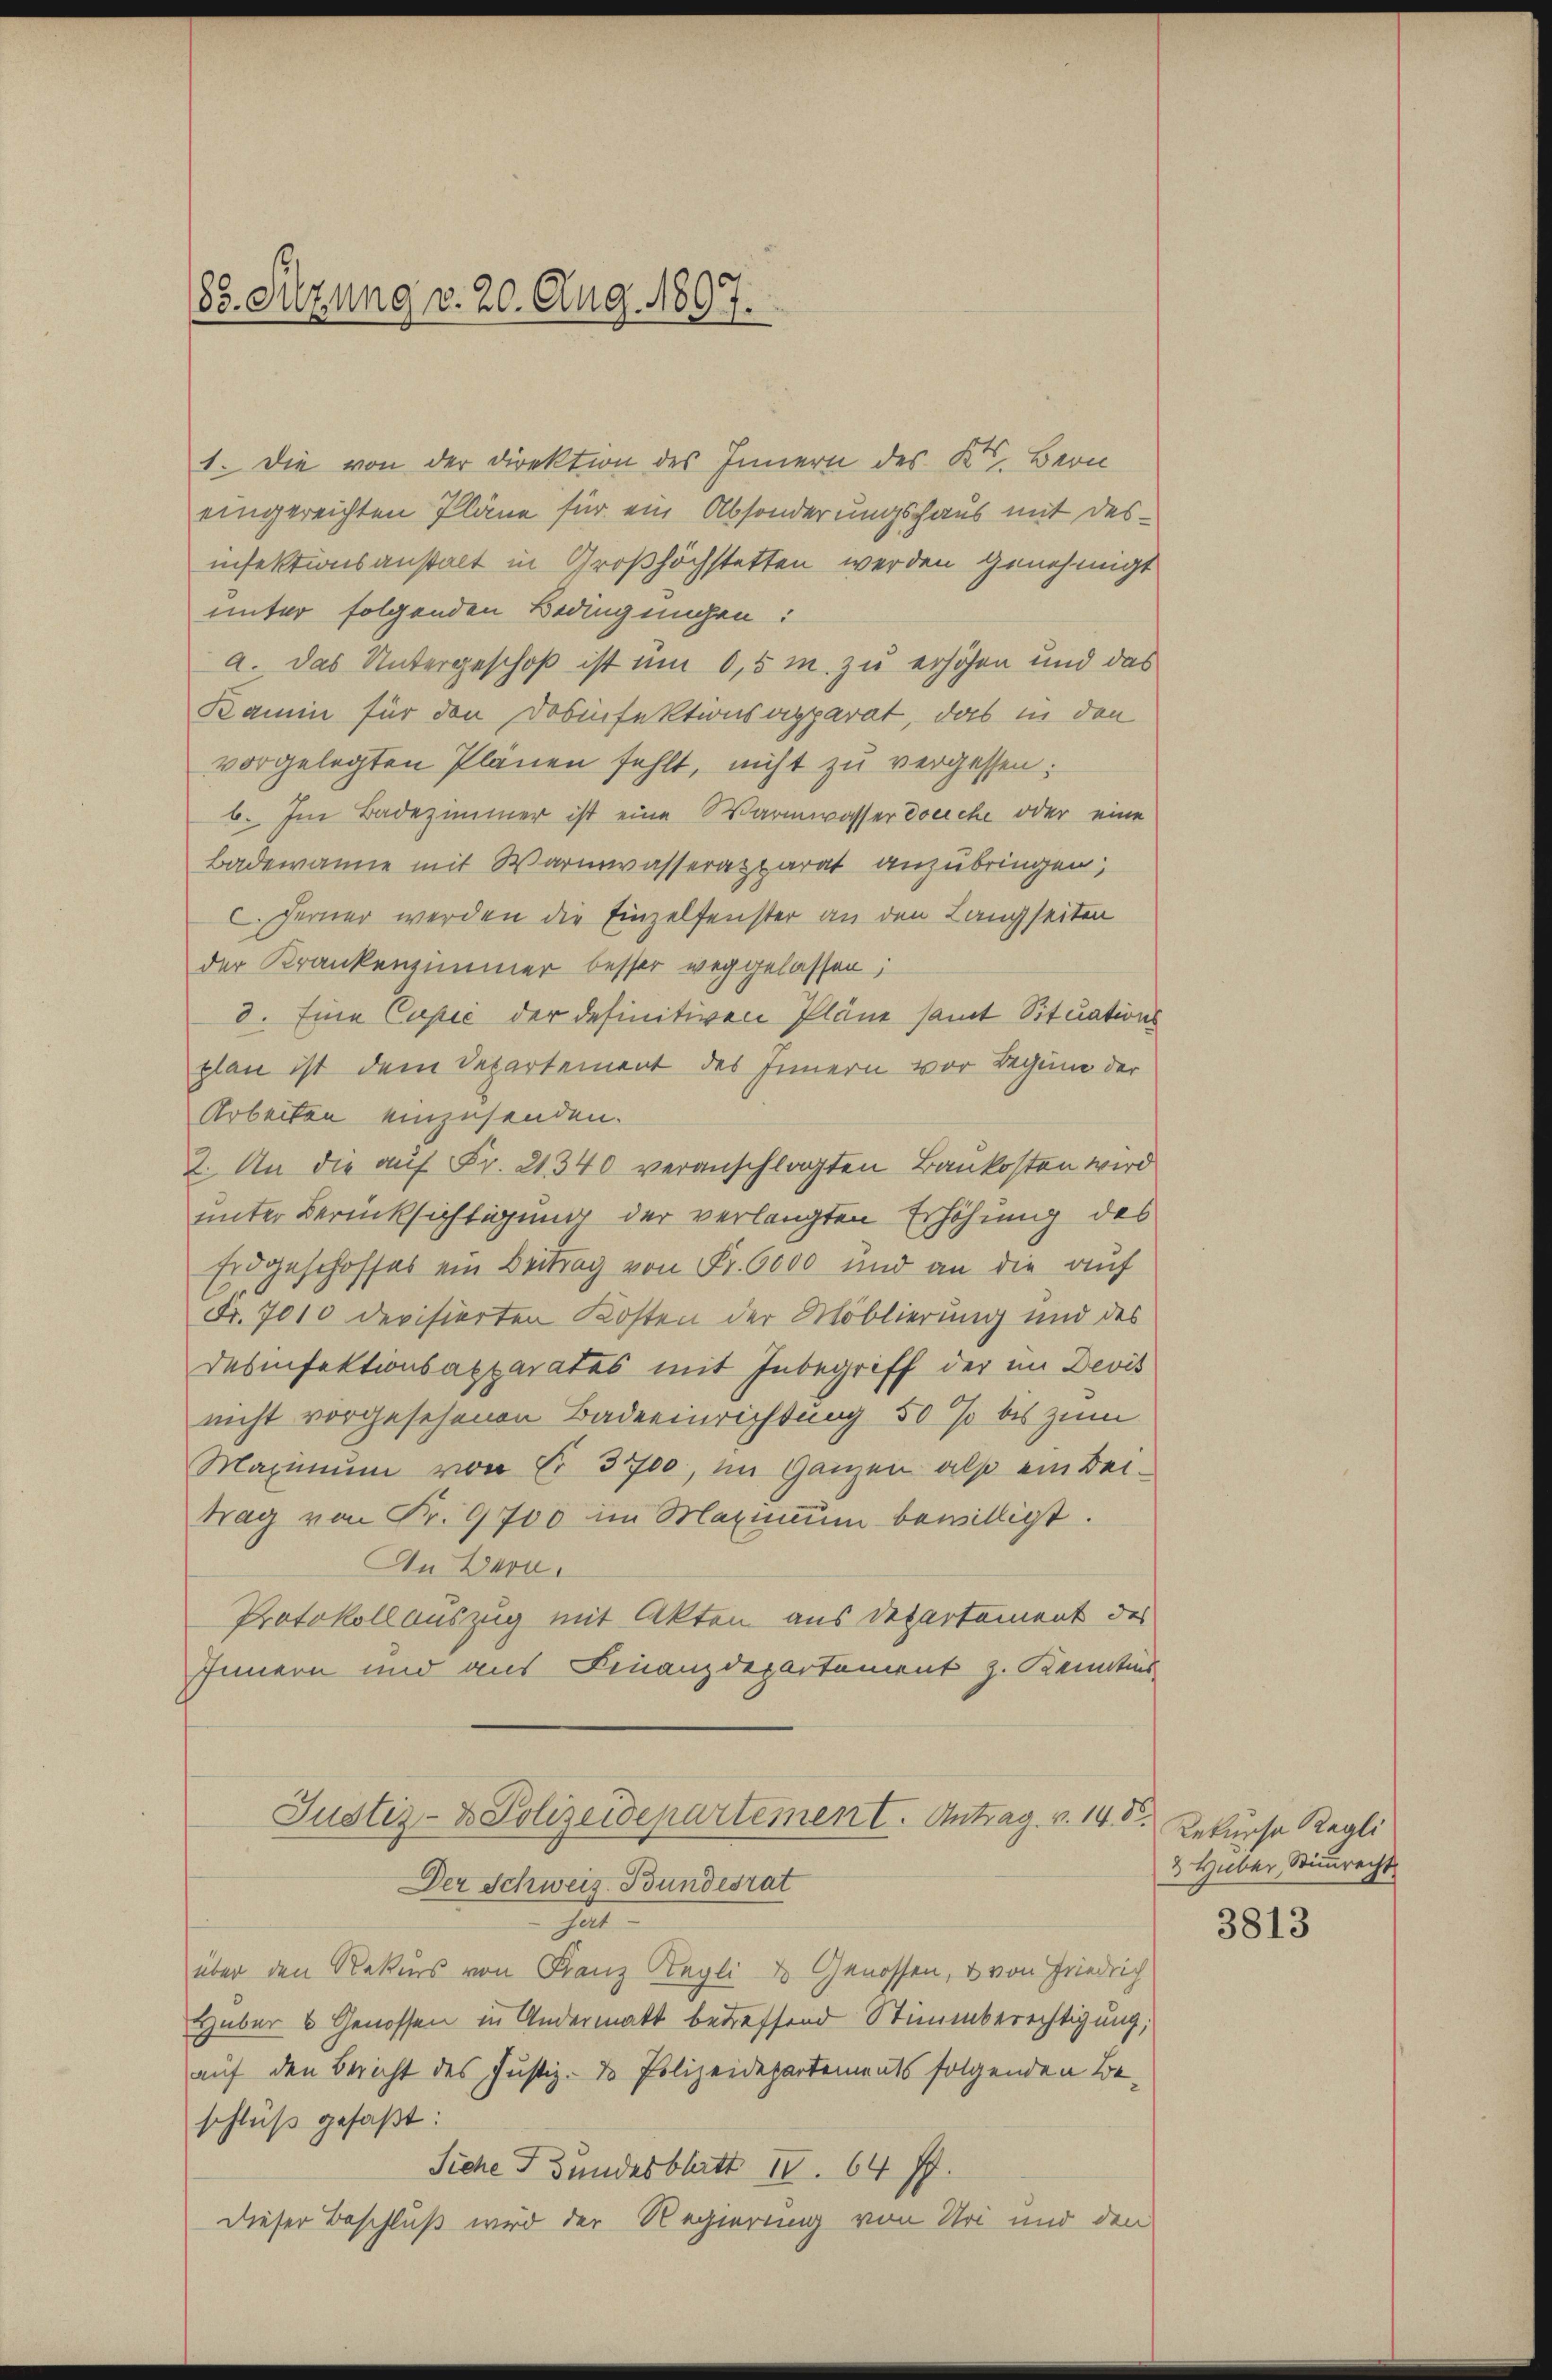
85. Setzung v. 20. Aug. 1807.

1. Die von der Direktion des Innern des K. Bern
eingereichten Pläne für ein Absonderungshaus mit desinfektionsanstalt in Großhöchstetten werden Genehmigt
unter folgenden Bedingungen:
a. Das Untergeschoß ist um 0,5 m. zu erhöhen und das
Kamin für den Dosinfektionsapparat, das in den
vorgelegten Plänen fehlt, nicht zu vergessen:
b. Im Badezimmer ist eine Warmwasser dreiche oder eine
Bademanne mit Warmwasserapparat anzubringen;
Ferner werden die Einzelfenster an den Langseiten
der Krankenzimmer besser weggelassen;
d. Eine Capić der definitiven Pläne samt Situations
plan ist dem Departement des Innern vor Regung der
Arbeiten einzusenden.
2. An die auf Fr. 21. 340 veranschlagten Baukosten wird
unter Berücksichtigung der verlangten Erhöhung des
Erdgeschoffes ein Beitrag von Fr. 6000 und an die auf
Fr. 7010 devisierten Kosten der Moblierung und des
Desinfektionsapparates mit Inbegriff der im Devis
nicht vorgesehenen Badeeinrichtung 50 % bis zum
Maximum von Nr. 3700, im Ganzen also ein Beitrag von Fr. 9700 im Maximum bewilligt.
An Bern.
Protokoll auszug mit Akten aus Departement des
Innern und aus Finanzdepartement z. Kenntnis
Justiz- & Polizeidepartement. Antrag. v. 14. d.
Der Schweiz. Bundesrat
fat
über den Rekurs von Franz Kegli der Genossen, & von Friedrich
Huber 6 Genossen in Andermatt betreffend Stimmberechtigung,
auf den Bericht des Justiz- & Polizeidepartements folgenden Beschluß gefaßt:
Siche F. Bundesblatt IV 64 ff.
Dieser Beschluß wird der Regierung von Uri und den

Rekurse Regli
2 Huber, Stimmrecht

3813